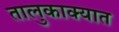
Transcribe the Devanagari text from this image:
तालुकाक्यात